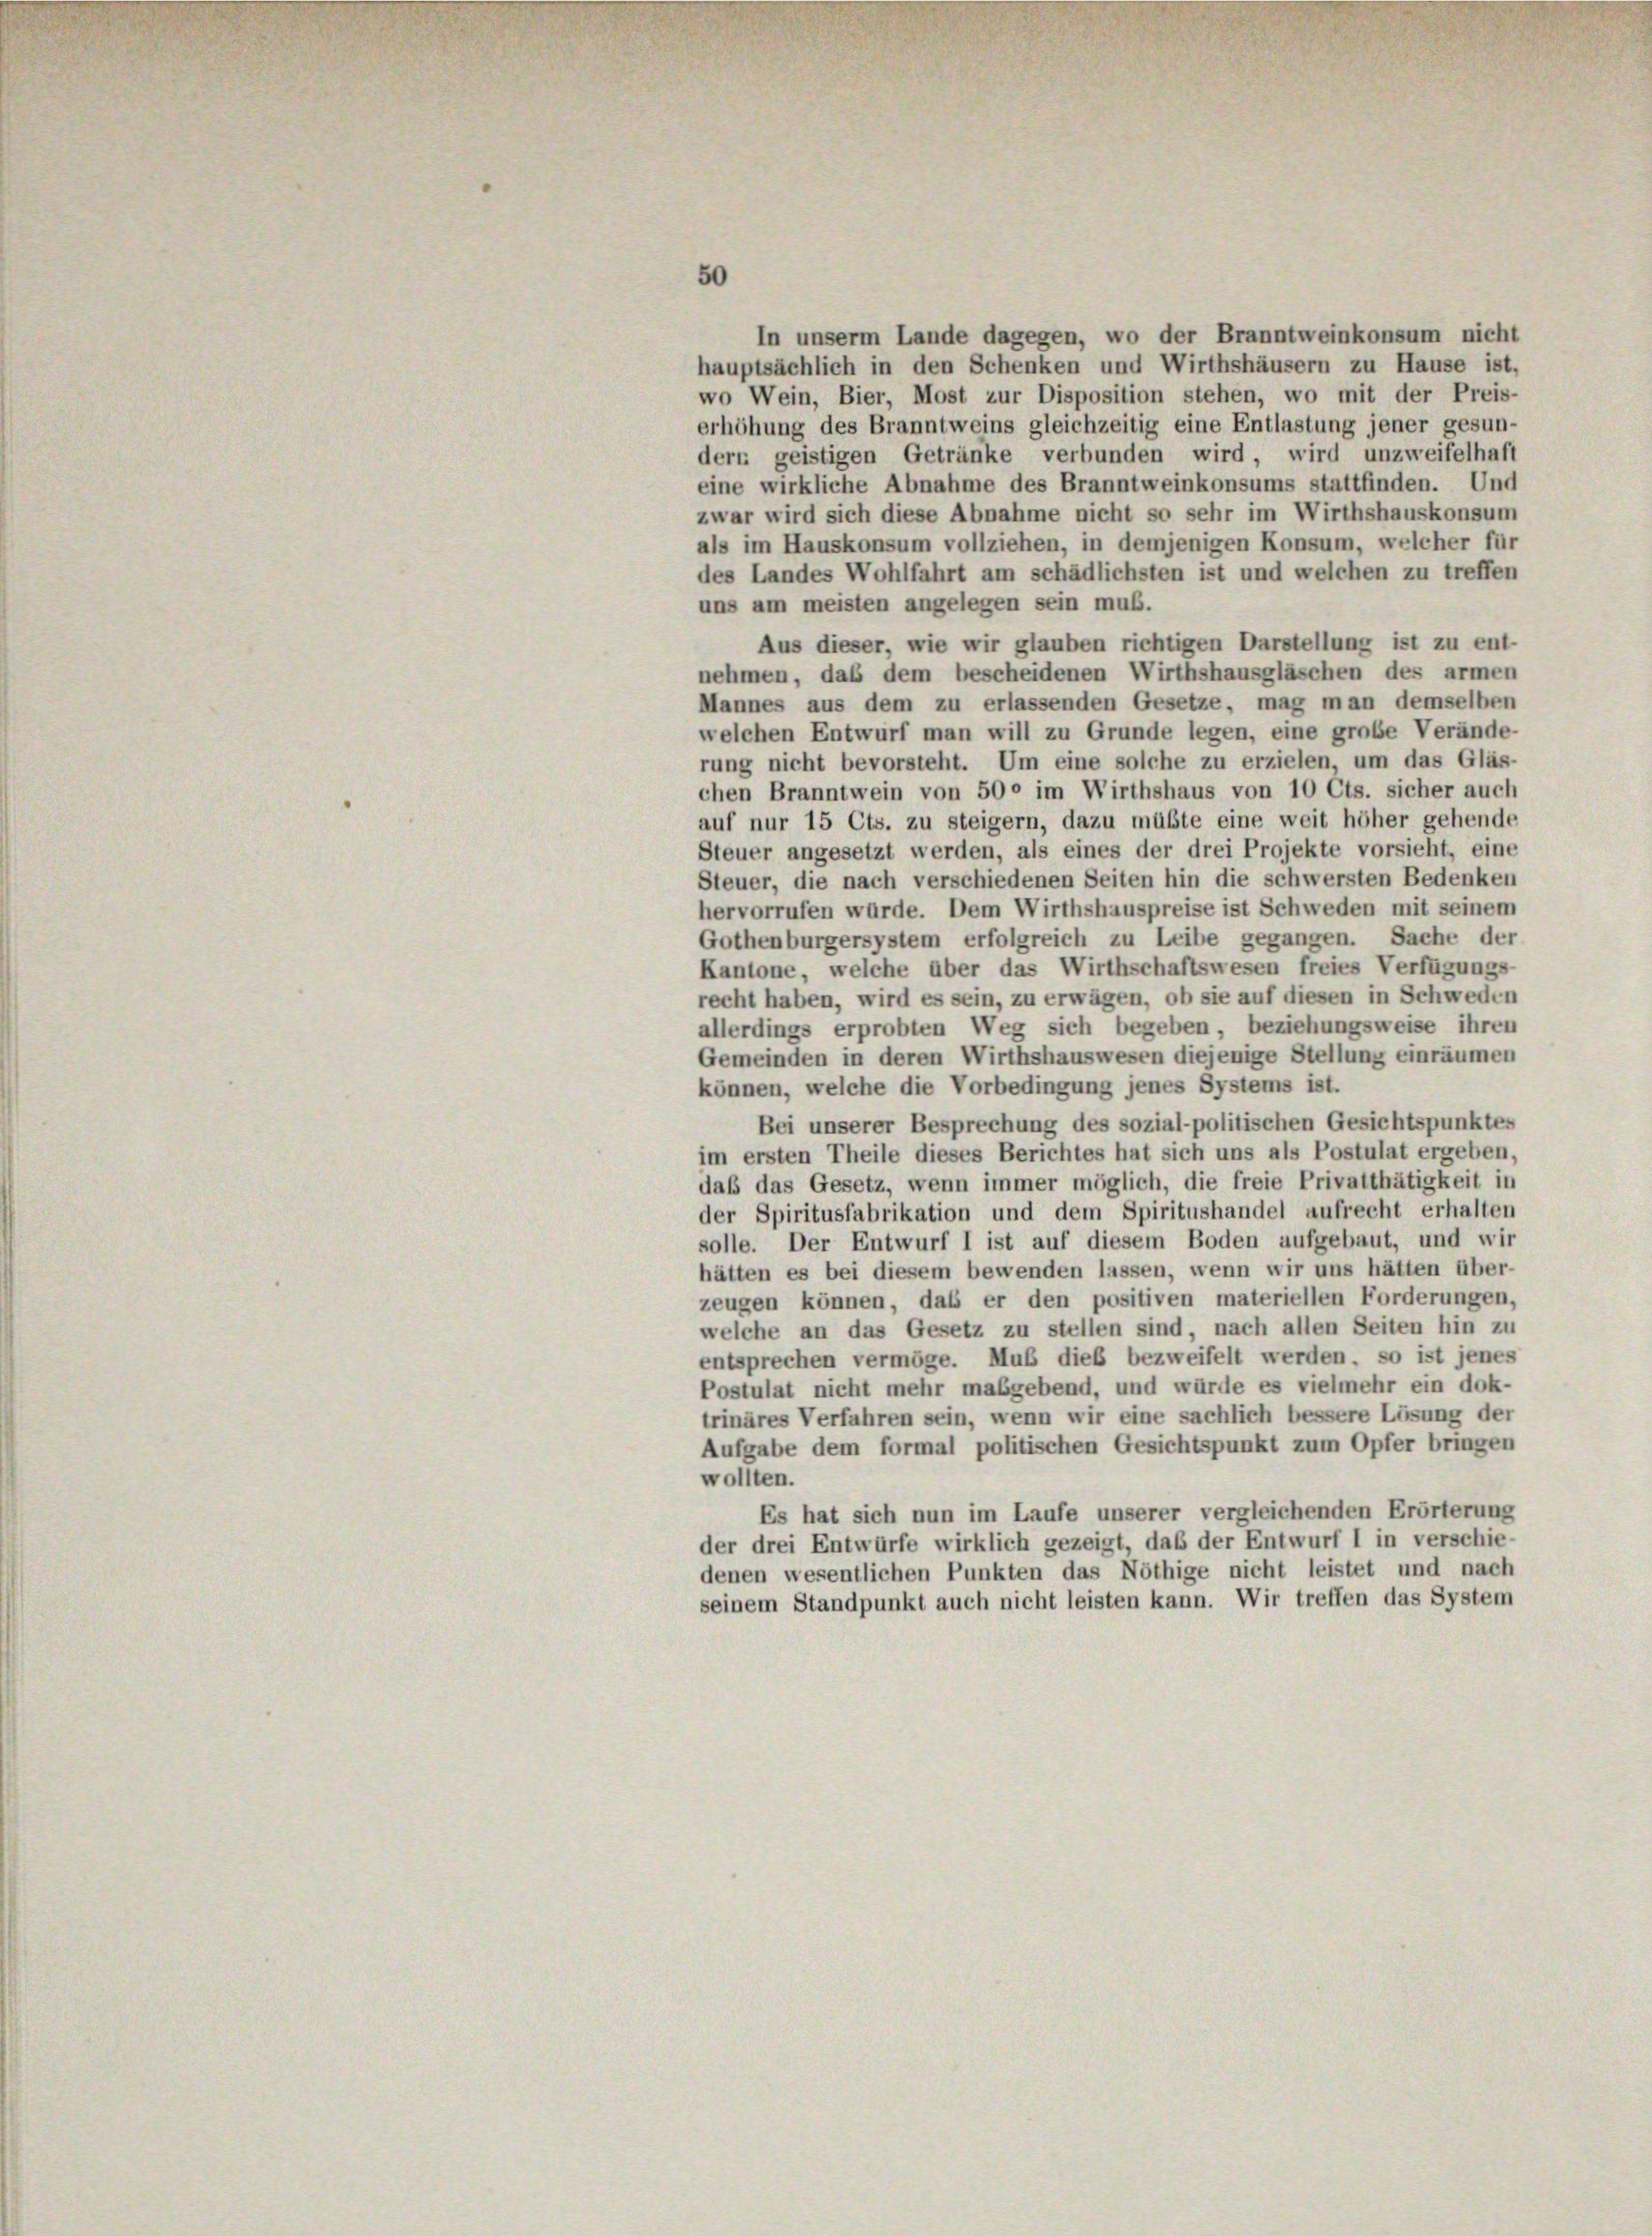
In unserm Lande dagegen, wo der Branntweinkonsum nicht
hauptsächlich in den Schenken und Wirthshäusern zu Hause ist,
wo Wein, Bier, Most zur Disposition stehen, wo mit der Preis-
erhöhung des Branntweins gleichzeitig eine Entlastung jener gesun-
dern geistigen Getränke verbunden wird wird unzweifelhaft
eine wirkliche Abnahme des Branntweinkonsums stattfinden. Und
zwar wird sich diese Abnahme nicht so sehr im Wirthshauskonsum
als im Hauskonsum vollziehen, in demjenigen Konsum, welcher für
des Landes Wohlfahrt am schädlichsten ist und welchen zu treffen
uns am meisten angelegen sein muß.
Aus dieser, wie wir glauben richtigen Darstellung ist zu ent-
nehmen, das dem bescheidenen Wirthshausgläschen des armen
Mannes aus dem zu erlassenden Gesetze, mag man demselben
welchen Entwurf man will zu Grunde legen, eine große Verände
rung nicht bevorsteht. Um eine solche zu erzielen, um das Gläs-
chen Branntwein von 500 im Wirthshaus von 10 Cts. sicher auch
auf nur 15 Cts. zu steigern, dazu müßte eine weit höher gehende
Steuer angesetzt werden, als eines der drei Projekte vorsieht, eine
Steuer, die nach verschiedenen Seiten hin die schwersten Bedenken
hervorrufen würde. Dem Wirthshauspreise ist Schweden mit seinem
Gothenburgersystem erfolgreich zu Leibe gegangen. Sache der
Kantone, welche über das Wirthschaftswesen freies Verfügungs-
recht haben, wird es sein, zu erwägen, ob sie auf diesen in Schweden
allerdings erprobten Weg sich begeben, beziehungsweise ihren
Gemeinden in deren Wirthshauswesen diejenige Stellung einräumen
können, welche die Vorbedingung jenes Systems ist.
Bei unserer Besprechung des sozial-politischen Gesichtspunktes
im ersten Theile dieses Berichtes hat sich uns als Postulat ergeben.
daß das Gesetz, wenn immer möglich, die freie Privatthätigkeit in
der Spiritusfabrikation und dem Spiritushandel aufrecht erhalten
solle. Der Entwurf I ist auf diesem Boden aufgebaut, und wir
hätten es bei diesem bewenden lassen, wenn wir uns hätten über-
zeugen können, daß er den positiven materiellen Forderungen,
welche an das Gesetz zu stellen sind, nach allen Seiten hin zu
entsprechen vermöge. Muß dieß bezweifelt werden, so ist jenes
Postulat nicht mehr maßgebend, und würde es vielmehr ein dok-
trinäres Verfahren sein, wenn wir eine sachlich bessere Lösung der
Aufgabe dem formal politischen Gesichtspunkt zum Opfer bringen
wollten.
Es hat sich nun im Laufe unserer vergleichenden Erörterung
der drei Entwürfe wirklich gezeigt, daß der Entwurf I in verschie-
denen wesentlichen Punkten das Nöthige nicht leistet und nach
seinem Standpunkt auch nicht leisten kann. Wir treffen das System

50